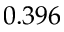
0 . 3 9 6